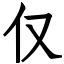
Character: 仅